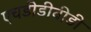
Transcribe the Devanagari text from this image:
एचडीडीवीडी